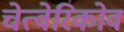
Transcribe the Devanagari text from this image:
चेत्वेरिकोव